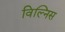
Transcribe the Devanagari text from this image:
विल्निस